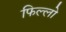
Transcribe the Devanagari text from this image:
फिल्लो